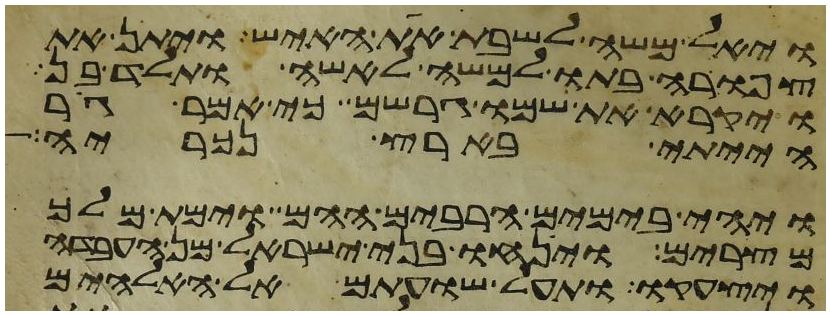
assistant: ויאל משה לשבת את האיש ויתן את
צפורה בתו למשה לאשה ותלד בן
ויקרא את שמו גרשם כי אמר גר
הייתי בארץ נכריה
ויהי בימים הרבים ההם וימת מלך
מצרים וינחו בני ישראל מן העבדה
ויצעקו ותעל שועתם אל האלהים